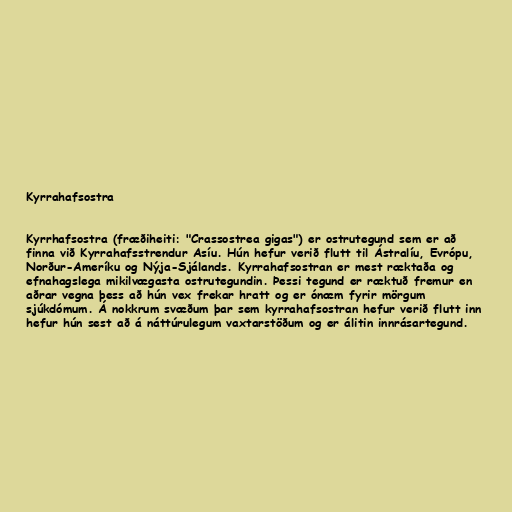
Kyrrahafsostra

Kyrrhafsostra (fræðiheiti: "Crassostrea gigas") er ostrutegund sem er að
finna við Kyrrahafsstrendur Asíu. Hún hefur verið flutt til Ástralíu, Evrópu,
Norður-Ameríku og Nýja-Sjálands. Kyrrahafsostran er mest ræktaða og
efnahagslega mikilvægasta ostrutegundin. Þessi tegund er ræktuð fremur en
aðrar vegna þess að hún vex frekar hratt og er ónæm fyrir mörgum
sjúkdómum. Á nokkrum svæðum þar sem kyrrahafsostran hefur verið flutt inn
hefur hún sest að á náttúrulegum vaxtarstöðum og er álitin innrásartegund.